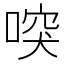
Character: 𠸂